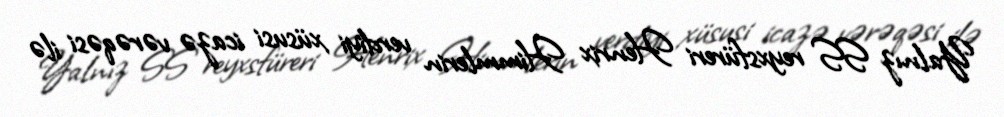
Yalnız SS reyxsfüreri Henrix Himmlerin verdiyi xüsusi icazə vərəqəsi ilə